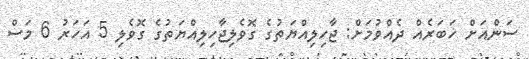
ސަންއަށް ޚަބަރެއް ދެއްވުމަށް: ޖާހިލިއްޔަތުގެ ގޮވެލިޖާހިލިއްޔަތުގެ ގޮވެލި 5 އަހަރު 6 މަސް